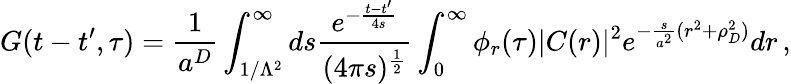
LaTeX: G(t-t^{\prime},\tau)=\frac{1}{a^{D}}\int_{1/\Lambda^{2}}^{\infty}ds\frac{e^{-\frac{t-t^{\prime}}{4s}}}{(4\pi s)^{\frac{1}{2}}}\int_{0}^{\infty}\phi_{r}(\tau)|C(r)|^{2}e^{-\frac{s}{a^{2}}(r^{2}+\rho_{D}^{2})}dr\, ,